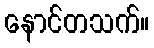
နောင်တသက်။